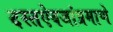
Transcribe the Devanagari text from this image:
दस्तऐवजांप्रमाणे